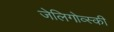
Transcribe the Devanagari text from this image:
जेलिगोव्स्की